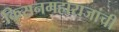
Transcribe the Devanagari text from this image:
किसनमहाराजांची